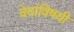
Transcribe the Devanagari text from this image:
वेदांविषयी